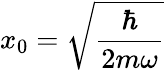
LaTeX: x_{0}={\sqrt{\frac{\hbar}{2m\omega}}}